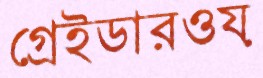
গ্রেইডারওয়